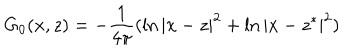
G _ { 0 } ( x , z ) = - \frac 1 { 4 \pi } ( \ln | x - z | ^ { 2 } + \ln | x - z ^ { * } | ^ { 2 } )